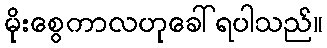
မိုးစွေကာလဟုခေါ်ရပါသည်။